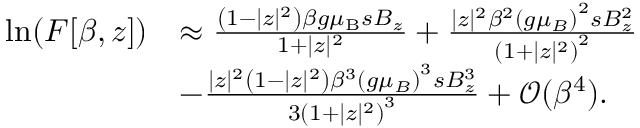
\begin{array} { r l } { \ln ( F [ \beta , z ] ) } & { \approx \frac { \left( 1 - | z | ^ { 2 } \right) \beta g { \ensuremath { \mu _ { \mathrm { B } } } } s B _ { z } } { 1 + | z | ^ { 2 } } + \frac { | z | ^ { 2 } \beta ^ { 2 } \left( g \mu _ { B } \right) ^ { 2 } s B _ { z } ^ { 2 } } { \left( 1 + | z | ^ { 2 } \right) ^ { 2 } } } \\ & { - \frac { | z | ^ { 2 } \left( 1 - | z | ^ { 2 } \right) \beta ^ { 3 } \left( g \mu _ { B } \right) ^ { 3 } s B _ { z } ^ { 3 } } { 3 \left( 1 + | z | ^ { 2 } \right) ^ { 3 } } + \mathcal { O } ( \beta ^ { 4 } ) . } \end{array}